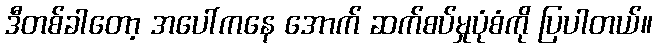
ဒီတစ်ခါတော့ အပေါ်ကနေ အောက် ဆက်စပ်မှုပုံစံကို ပြပါတယ်။